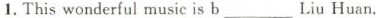
1.This wonderful music is b___ Liu Huan.